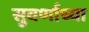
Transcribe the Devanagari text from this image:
सुवर्णाच्या